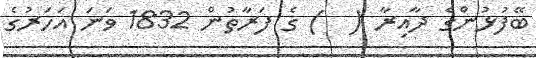
ބޭފުޅުންގެ ދާއިރާ (  ) ގެ ފަރާތުން 1832 ވަނަ އަހަރުގެ